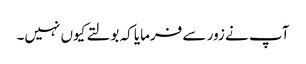
آپ نے زور سے فرمایا کہ بولتے کیوں نہیں۔